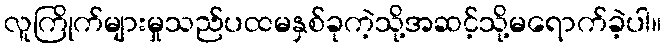
လူကြိုက်များမှုသည်ပထမနှစ်ခုကဲ့သို့အဆင့်သို့မရောက်ခဲ့ပါ။